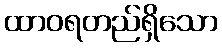
ထာဝရတည်ရှိသော